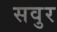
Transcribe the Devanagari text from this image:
सवुर